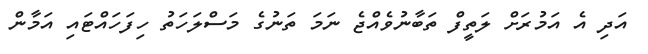
އަދި އެ އަމުރަށް ލަތީފް ތަބާނުވެއްޖެ ނަމަ ތަނުގެ މަސްލަހަތު ހިފަހައްޓައި އަމާން